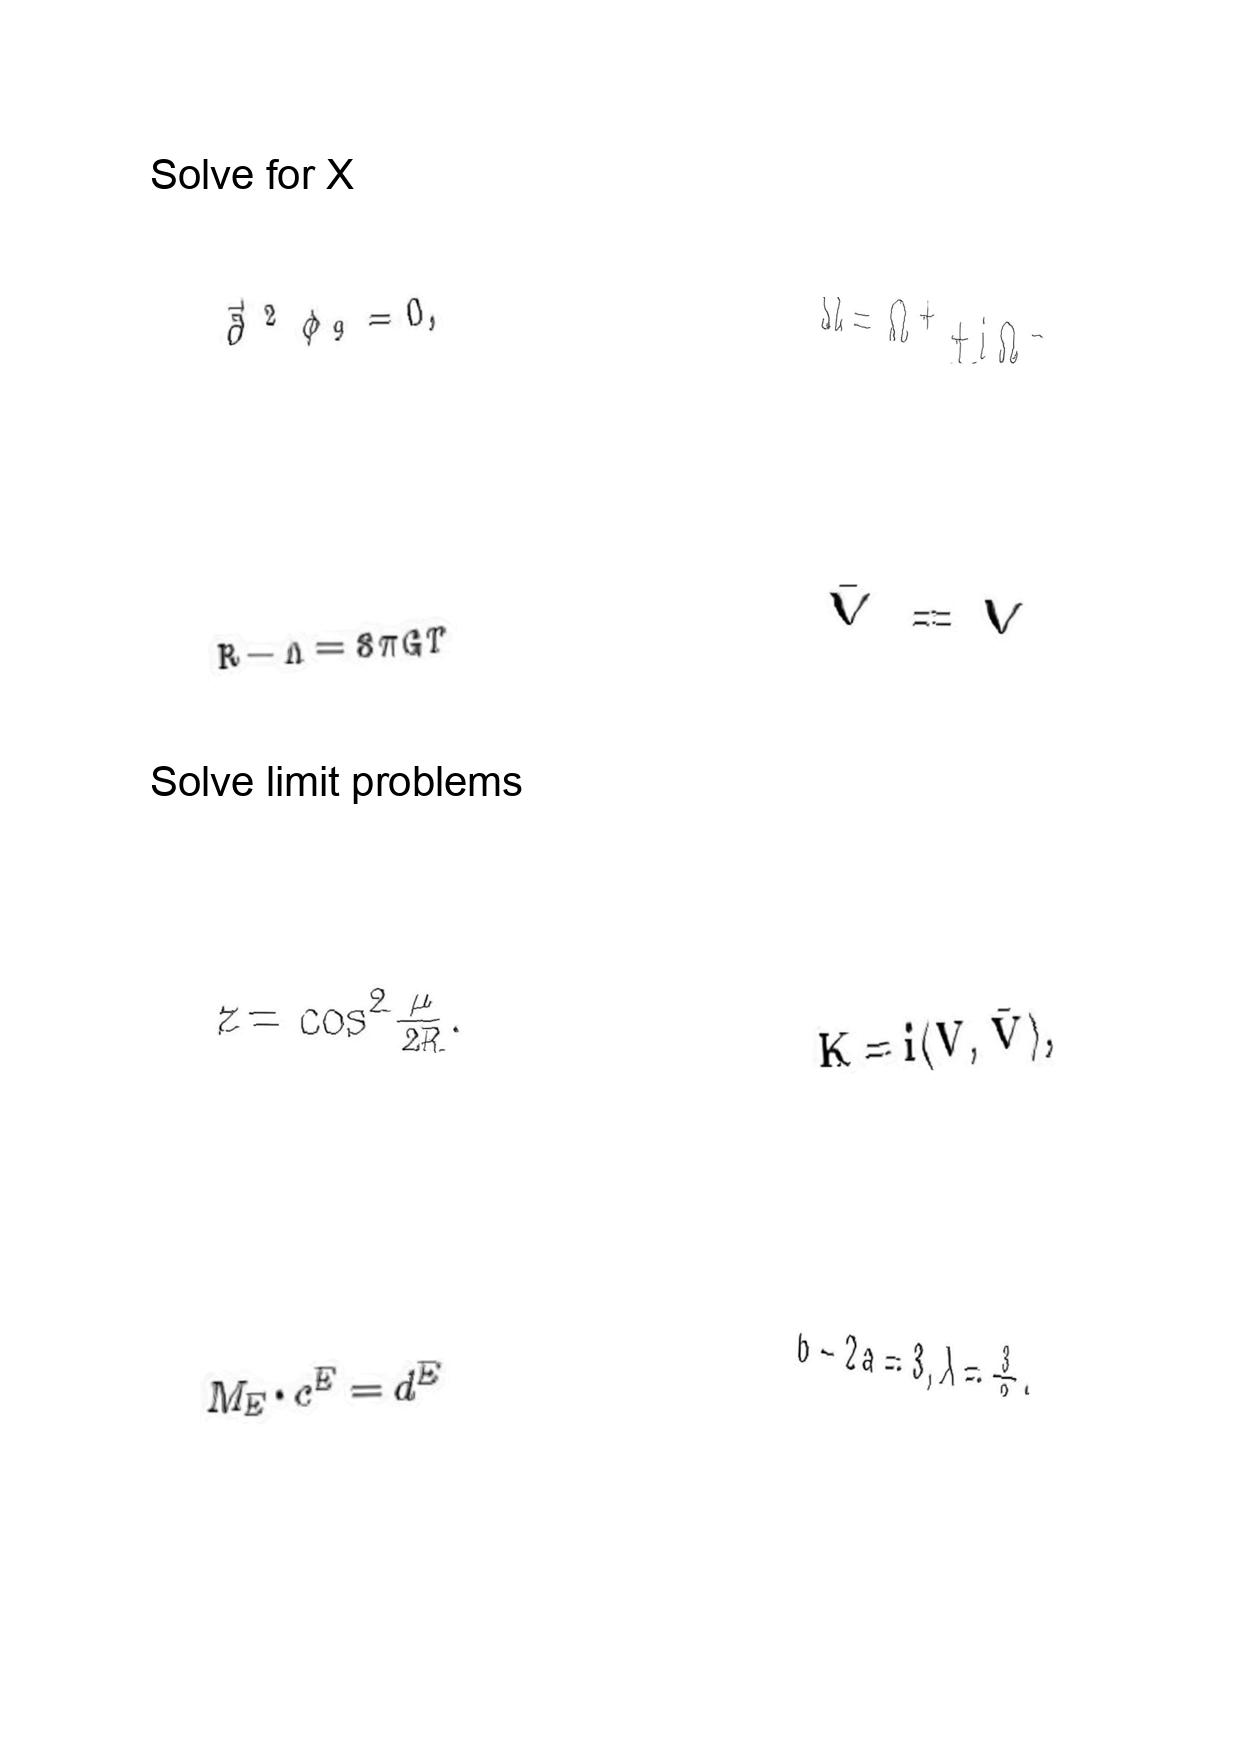
LaTeX transcription:
\vec { \partial } ^ { 2 } \phi _ { 9 } = 0 ,
R - \Lambda = 8 \pi G T
z = \cos ^ { 2 } \frac { \mu } { 2 R } .
M _ { E } \cdot c ^ { E } = d ^ { E }
\Omega = \Omega ^ { + } + i \Omega ^ { - } ,
\bar { V } = V
K = i \langle V , \bar { V } \rangle ,
b - 2 a = 3 , \lambda = \frac { 3 } { 2 } .